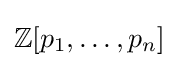
\mathbb {Z} [p_{1},\ldots ,p_{n}]